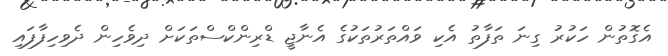
އެގޮތުން ހަކުރު ގިނަ ތަފާތު އެކި ވައްތަރުތަކުގެ އެނާޖީ ޑްރިންކްސްތަކަށް ދިވެހިން ދެވިހިފާފައި